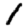
Digit: 1